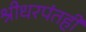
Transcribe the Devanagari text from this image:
श्रीधरपंतही